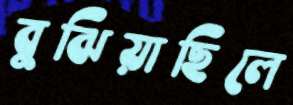
বুঝিয়াছিলে